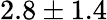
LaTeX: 2.8\pm 1.4